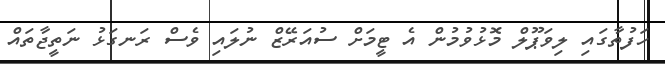
ހަފުތާގައި ލިވަޕޫލް މޮޅުވުމުން އެ ޓީމަށް ސުއަރޭޒް ނުލައި ވެސް ރަނގަޅު ނަތީޖާތައް